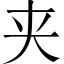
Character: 夹